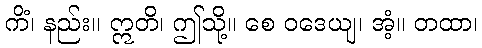
ကိံ၊ နည်း။ ဣတိ၊ ဤသို့။ စေ ဝဒေယျ၊ အံ့။ တထာ၊